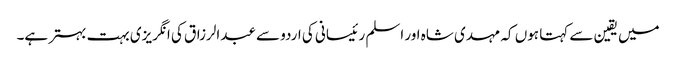
میں یقین سے کہتا ہوں کہ مہدی شاہ اور اسلم رئیسانی کی اردو سے عبدالرزاق کی انگریزی بہت بہتر ہے۔